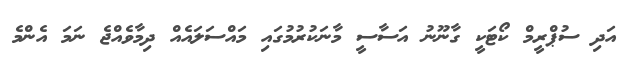
އަދި ސުޕްރީމް ކޯޓަކީ ގާނޫނު އަސާސީ މާނަކުރުމުގައި މައްސަލައެއް ދިމާވެއްޖެ ނަމަ އެންމެ